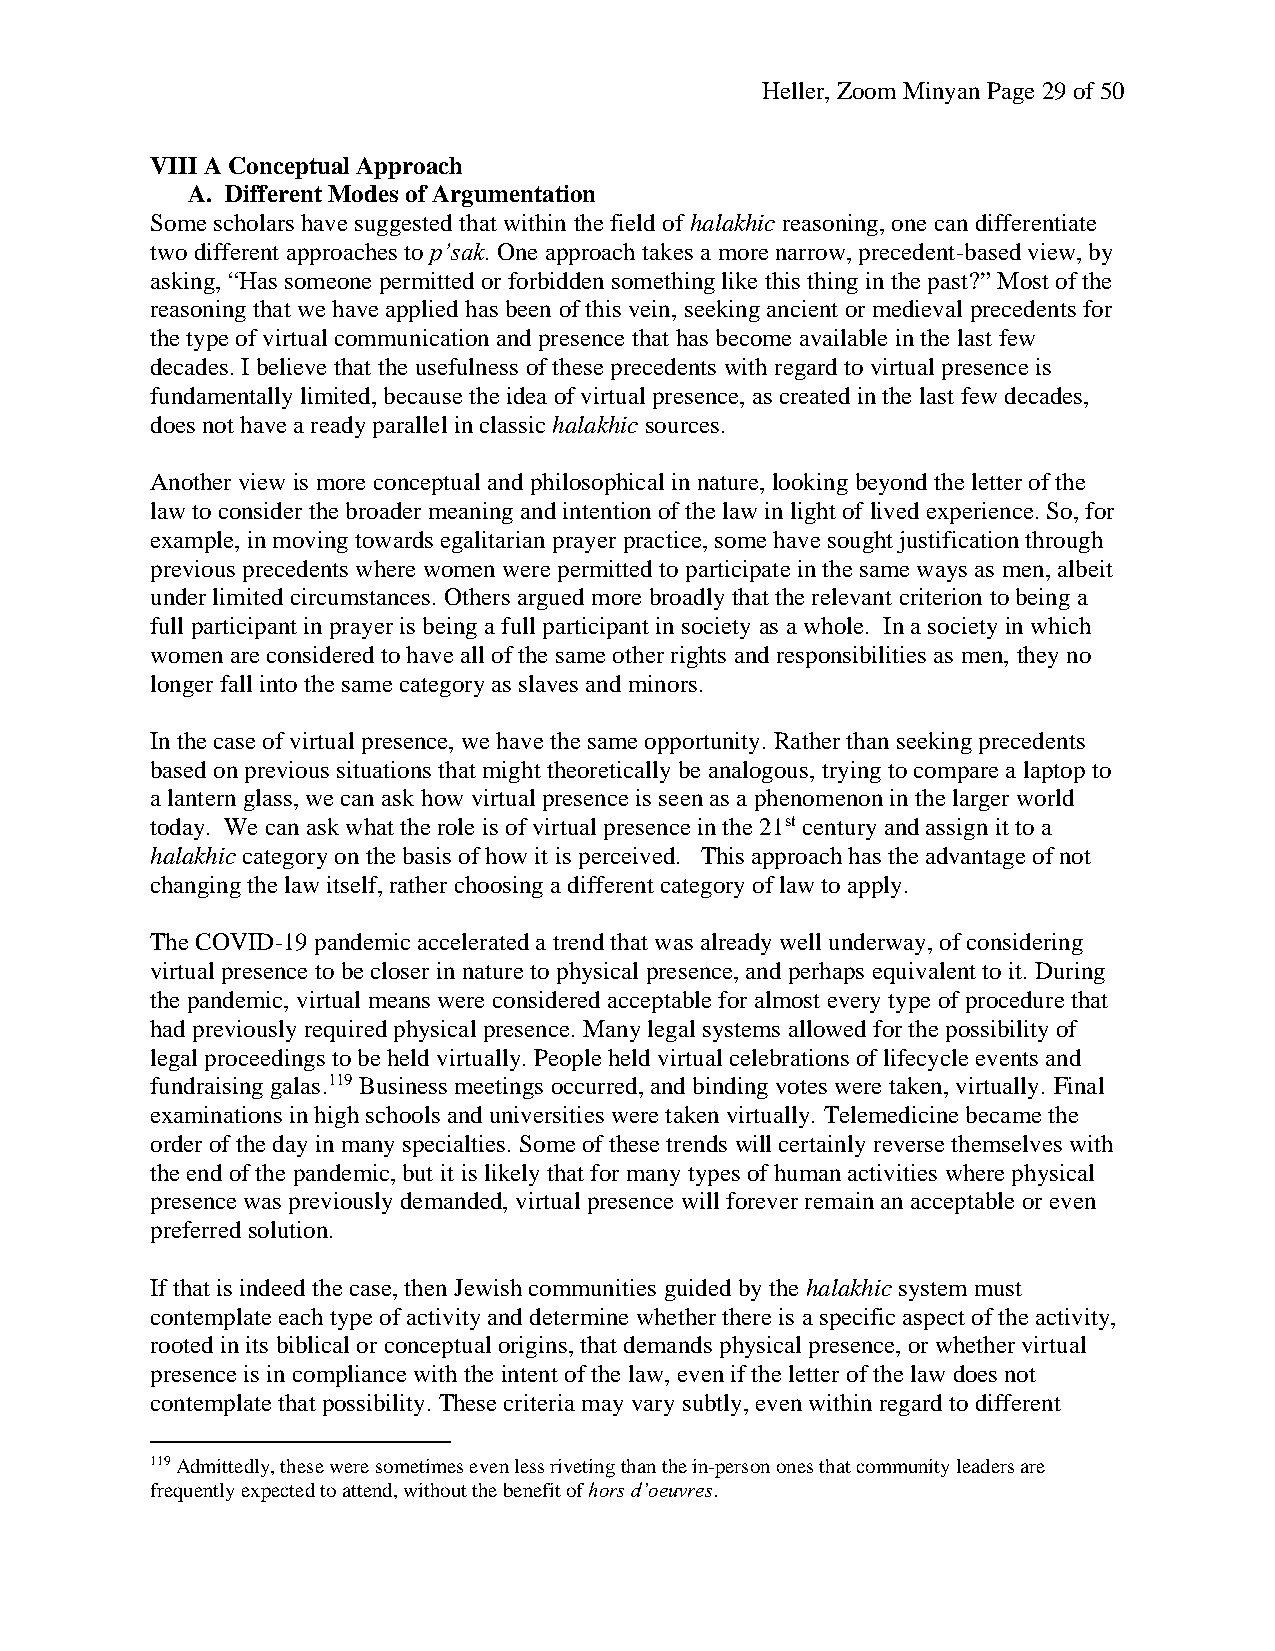
Heller, Zoom Minyan Page 29 of 50
 VIII A Conceptual Approach
 A. Different Modes of Argumentation
 Some scholars have suggested that within the field of halakhic reasoning, one can differentiate
 two different approaches to p’sak. One approach takes a more narrow, precedent-based view, by
 asking, “Has someone permitted or forbidden something like this thing in the past?” Most of the
 reasoning that we have applied has been of this vein, seeking ancient or medieval precedents for
 the type of virtual communication and presence that has become available in the last few
 decades. I believe that the usefulness of these precedents with regard to virtual presence is
 fundamentally limited, because the idea of virtual presence, as created in the last few decades,
 does not have a ready parallel in classic halakhic sources.
 Another view is more conceptual and philosophical in nature, looking beyond the letter of the
 law to consider the broader meaning and intention of the law in light of lived experience. So, for
 example, in moving towards egalitarian prayer practice, some have sought justification through
 previous precedents where women were permitted to participate in the same ways as men, albeit
 under limited circumstances. Others argued more broadly that the relevant criterion to being a
 full participant in prayer is being a full participant in society as a whole. In a society in which
 women are considered to have all of the same other rights and responsibilities as men, they no
 longer fall into the same category as slaves and minors.
 In the case of virtual presence, we have the same opportunity. Rather than seeking precedents
 based on previous situations that might theoretically be analogous, trying to compare a laptop to
 a lantern glass, we can ask how virtual presence is seen as a phenomenon in the larger world
 today. We can ask what the role is of virtual presence in the 21st century and assign it to a
 halakhic category on the basis of how it is perceived. This approach has the advantage of not
 changing the law itself, rather choosing a different category of law to apply.
 The COVID-19 pandemic accelerated a trend that was already well underway, of considering
 virtual presence to be closer in nature to physical presence, and perhaps equivalent to it. During
 the pandemic, virtual means were considered acceptable for almost every type of procedure that
 had previously required physical presence. Many legal systems allowed for the possibility of
 legal proceedings to be held virtually. People held virtual celebrations of lifecycle events and
 fundraising galas.119 Business meetings occurred, and binding votes were taken, virtually. Final
 examinations in high schools and universities were taken virtually. Telemedicine became the
 order of the day in many specialties. Some of these trends will certainly reverse themselves with
 the end of the pandemic, but it is likely that for many types of human activities where physical
 presence was previously demanded, virtual presence will forever remain an acceptable or even
 preferred solution.
 If that is indeed the case, then Jewish communities guided by the halakhic system must
 contemplate each type of activity and determine whether there is a specific aspect of the activity,
 rooted in its biblical or conceptual origins, that demands physical presence, or whether virtual
 presence is in compliance with the intent of the law, even if the letter of the law does not
 contemplate that possibility. These criteria may vary subtly, even within regard to different
 119 Admittedly, these were sometimes even less riveting than the in-person ones that community leaders are
 frequently expected to attend, without the benefit of hors d’oeuvres.